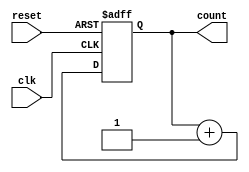
module ripple_counter #(parameter n = 4) (
    input wire clk,          // Clock input
    input wire reset,        // Asynchronous reset input
    output reg [n-1:0] count // n-bit output count
);

// Always block for the ripple counter logic
always @(posedge clk or posedge reset) begin
    if (reset) begin
        count <= 0; // Reset the count to 0
    end else begin
        count <= count + 1; // Increment the count
    end
end

endmodule